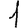
Digit: 1